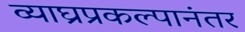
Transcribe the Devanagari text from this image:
व्याघ्रप्रकल्पानंतर